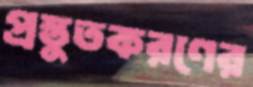
প্রস্তুতকরণের